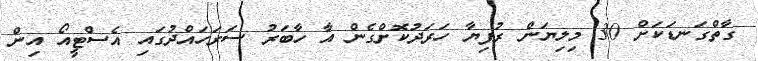
ގާތްގަނޑަކަށް 30 މިލިޔަން ރުފިޔާ ހަރަދުކޮށްގެން އާ ހާބަރު ސަރަހައްދުގައި އެސްޓީއޯ އިން